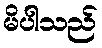
မိပါသည်